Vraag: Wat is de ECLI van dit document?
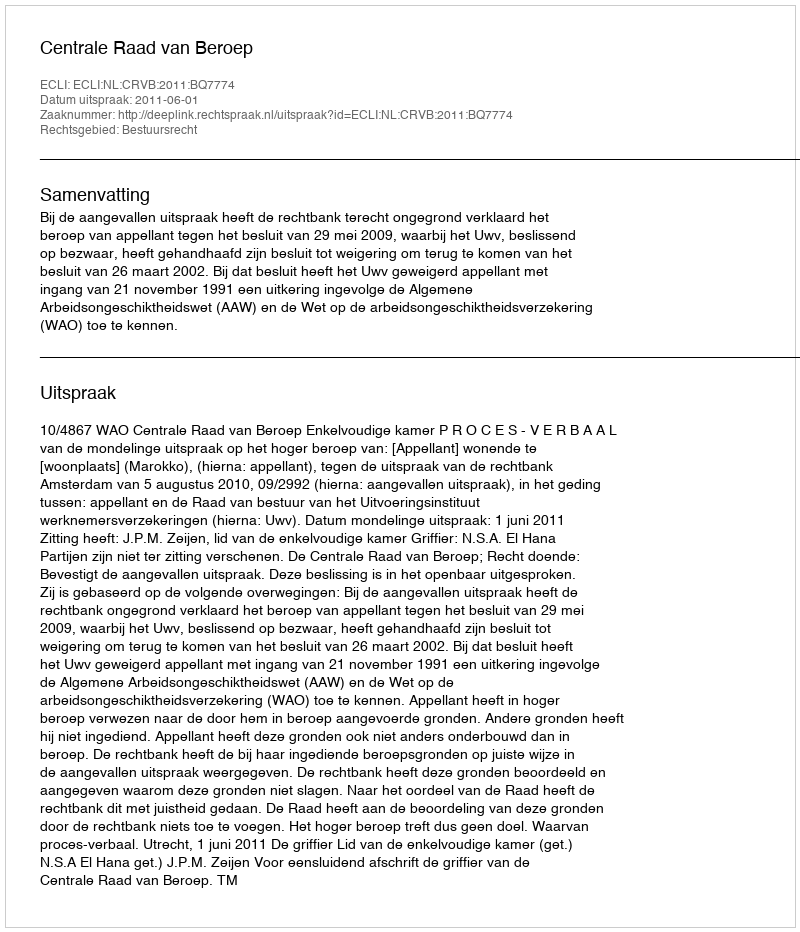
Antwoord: ECLI:NL:CRVB:2011:BQ7774